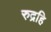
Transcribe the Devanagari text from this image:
रुद्रहि